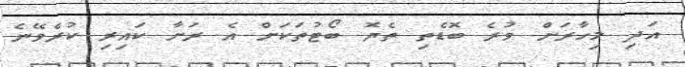
އަދި މިހާރަށް ވުރެ ބޮޑެތި ތެޔޮ ބޯޓުތަކަށް އެ ރަށާ ކައިރި ކުރެވޭނެ